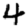
Digit: 4